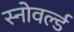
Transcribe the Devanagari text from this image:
स्नोवर्ल्ड